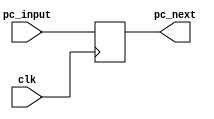
`timescale 1ns / 1ps
//////////////////////////////////////////////////////////////////////////////////
// Company: 
// Engineer: 
// 
// Design Name: 
// Module Name: program_counter
// Project Name: 
// Target Devices: 
// Tool Versions: 
// Description: 
// 
// Dependencies: 
// 
// Revision:
// Revision 0.01 - File Created
// Additional Comments:
// 
//////////////////////////////////////////////////////////////////////////////////


module program_counter(clk, pc_input, pc_next);
input clk;
input [31:0] pc_input;
output reg [31:0] pc_next;


always @(posedge clk)
begin
       
       pc_next <= pc_input;
   
end

endmodule